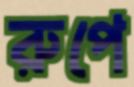
রুপে